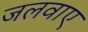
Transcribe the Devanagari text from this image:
जलवाए